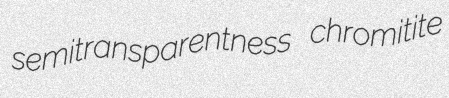
semitransparentness chromitite